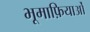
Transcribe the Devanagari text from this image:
भूमाफ़ियाओं